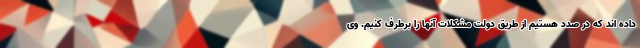
داده اند که در صدد هستیم از طریق دولت مشکلات آنها را برطرف کنیم. وی